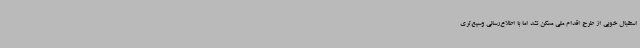
استقبال خوبی از طرح اقدام ملی مسکن نشد اما با اطلاع‌رسانی وسیع‌تری